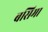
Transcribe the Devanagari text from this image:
बसिमा